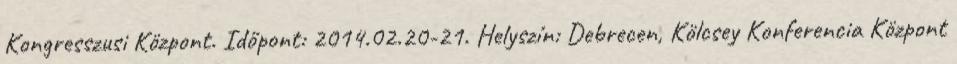
Kongresszusi Központ. Időpont: 2014.02.20-21. Helyszín: Debrecen, Kölcsey Konferencia Központ